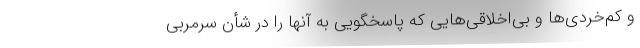
و ‌کم‌خردی‌ها و بی‌اخلاقی‌هایی که پاسخگویی به آنها را در شأن سرمربی